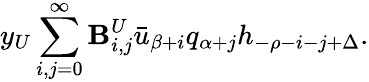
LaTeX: y_{U}\sum_{i,j=0}^{\infty}\mathbf{B}_{i,j}^{U}\bar{{u}}_{\beta+i}q_{\alpha+j}h_{-\rho-i-j+\Delta}.